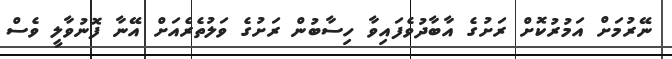
ނޭރުމަށް އަމުރުކޮށް ރަށުގެ އާބާދުވެފައިވާ ހިސާބުން ރަށުގެ ވަލުތެރެއަށް އޭނާ ފޮނުވާލީ ވެސް